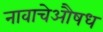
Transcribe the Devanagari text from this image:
नावाचेऔषध